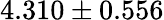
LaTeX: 4.310\pm 0.556